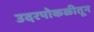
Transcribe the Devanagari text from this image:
उदरपोकळीतून